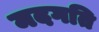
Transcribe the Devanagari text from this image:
मदगति